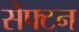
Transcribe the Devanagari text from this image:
सेफ्टन